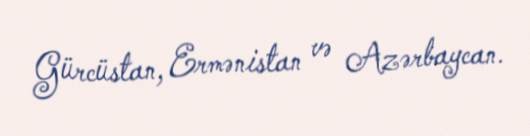
Gürcüstan, Ermənistan və Azərbaycan.